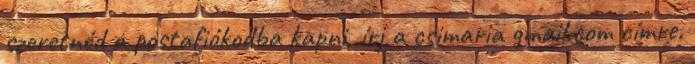
szeretnéd a postafiókodba kapni, írj a csimaria gmail.com címre.